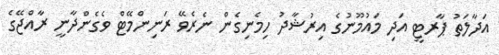
އަދާލަތު ޕާރޓީ އަދި މައުމޫނުގެ އިރުޝާދު ހިމެނިގެން ނެރެވޭ ރަނިންމޭޓް ވެގެންދާނީ ރާއްޖޭގެ